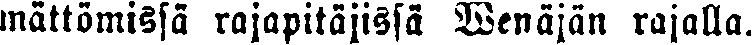
mättömissä rajapitäjissä Wenäjän rajalla.